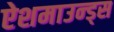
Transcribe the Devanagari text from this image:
ऐशमाउन्ड्स